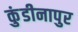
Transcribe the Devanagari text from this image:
कुंडीनापुर